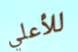
للأعلي